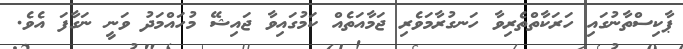
ޕާކިސްތާނުގައި ހަރަކާތްތެރިވާ ހަނގުރާމަވެރި ޖަމާއަތެއް ކަމުގައިވާ ޖައިޝޭ މުހައްމަދު ވަނީ ނަގާފަ އެވެ.